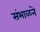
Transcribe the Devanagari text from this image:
संभाळने